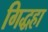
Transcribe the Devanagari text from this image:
गिद्धहा